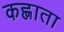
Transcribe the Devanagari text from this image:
कह्लाता